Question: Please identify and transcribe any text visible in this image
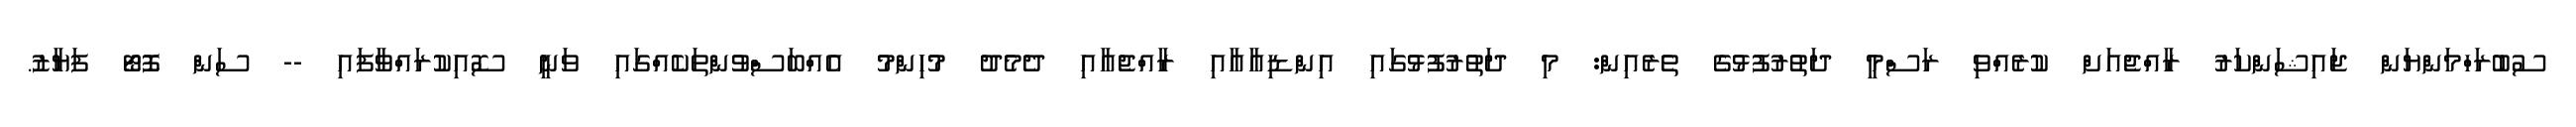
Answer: ސުބުރަހްމަންޔަން ޖައިޝަންކަރު ރާއްޖެއަށް ކުރެއްވި ރަސްމީ ދަތުރުފުޅުގެ ތެރެއިން: މި ދަތުރުފުޅުގައި އިންޑިއާއާއި ރާއްޖެއާއި ދެމެދު މުހިންމު އެއްބަސްވުންތަކެއްގައި ވަނީ ސޮއިކުރައްވާފައި -- ސަން ފޮޓޯ ފަޔާޒު.